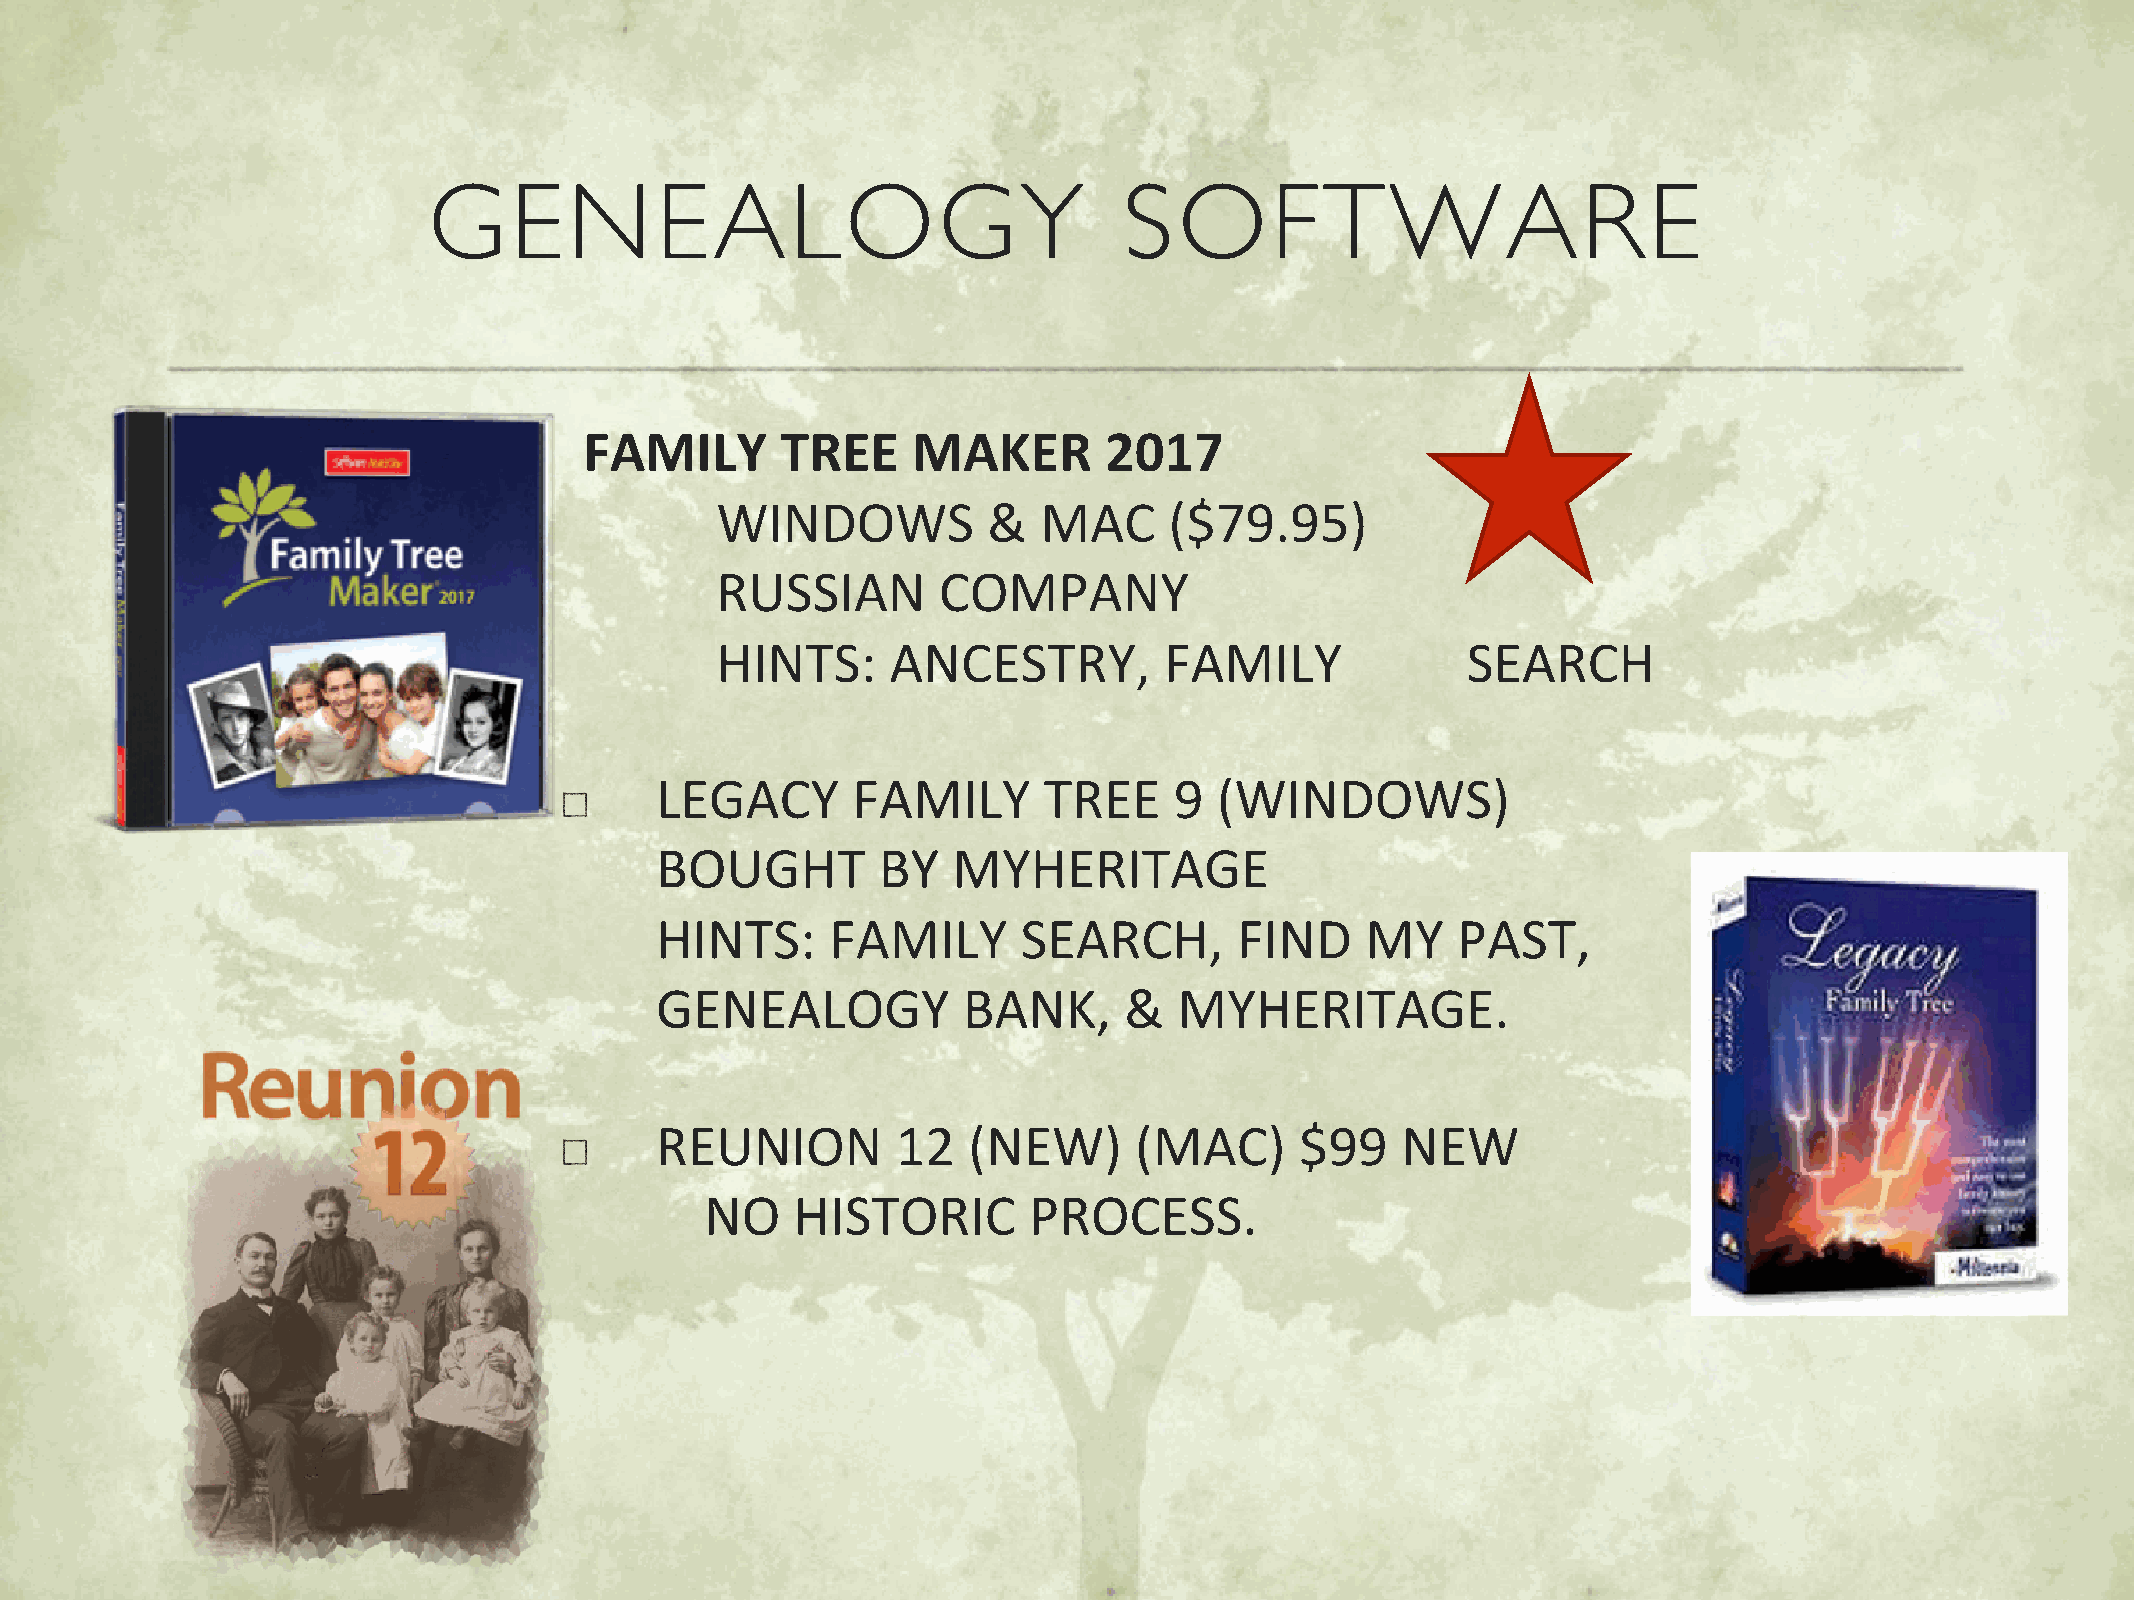
GENEALOGY                                     SOFTWARE
 FAMILY       TREE    MAKER        2017
 WINDOWS           &   MAC     ($79.95)
 RUSSIAN        COMPANY
 HINTS:      ANCESTRY,         FAMILY              SEARCH
 LEGACY       FAMILY       TREE     9  (WINDOWS)
 BOUGHT         BY   MYHERITAGE
 HINTS:      FAMILY       SEARCH,       FIND    MY    PAST,
 GENEALOGY            BANK,     &   MYHERITAGE.
 REUNION         12   (NEW)      (MAC)      $99    NEW
 NO    HISTORIC       PROCESS.